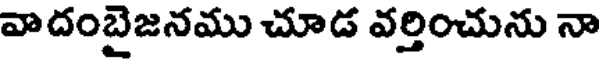
వాదంబైజనము చూడ వర్తించును నా